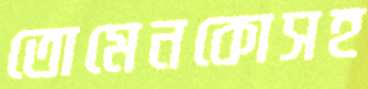
তোমেনকোসহ